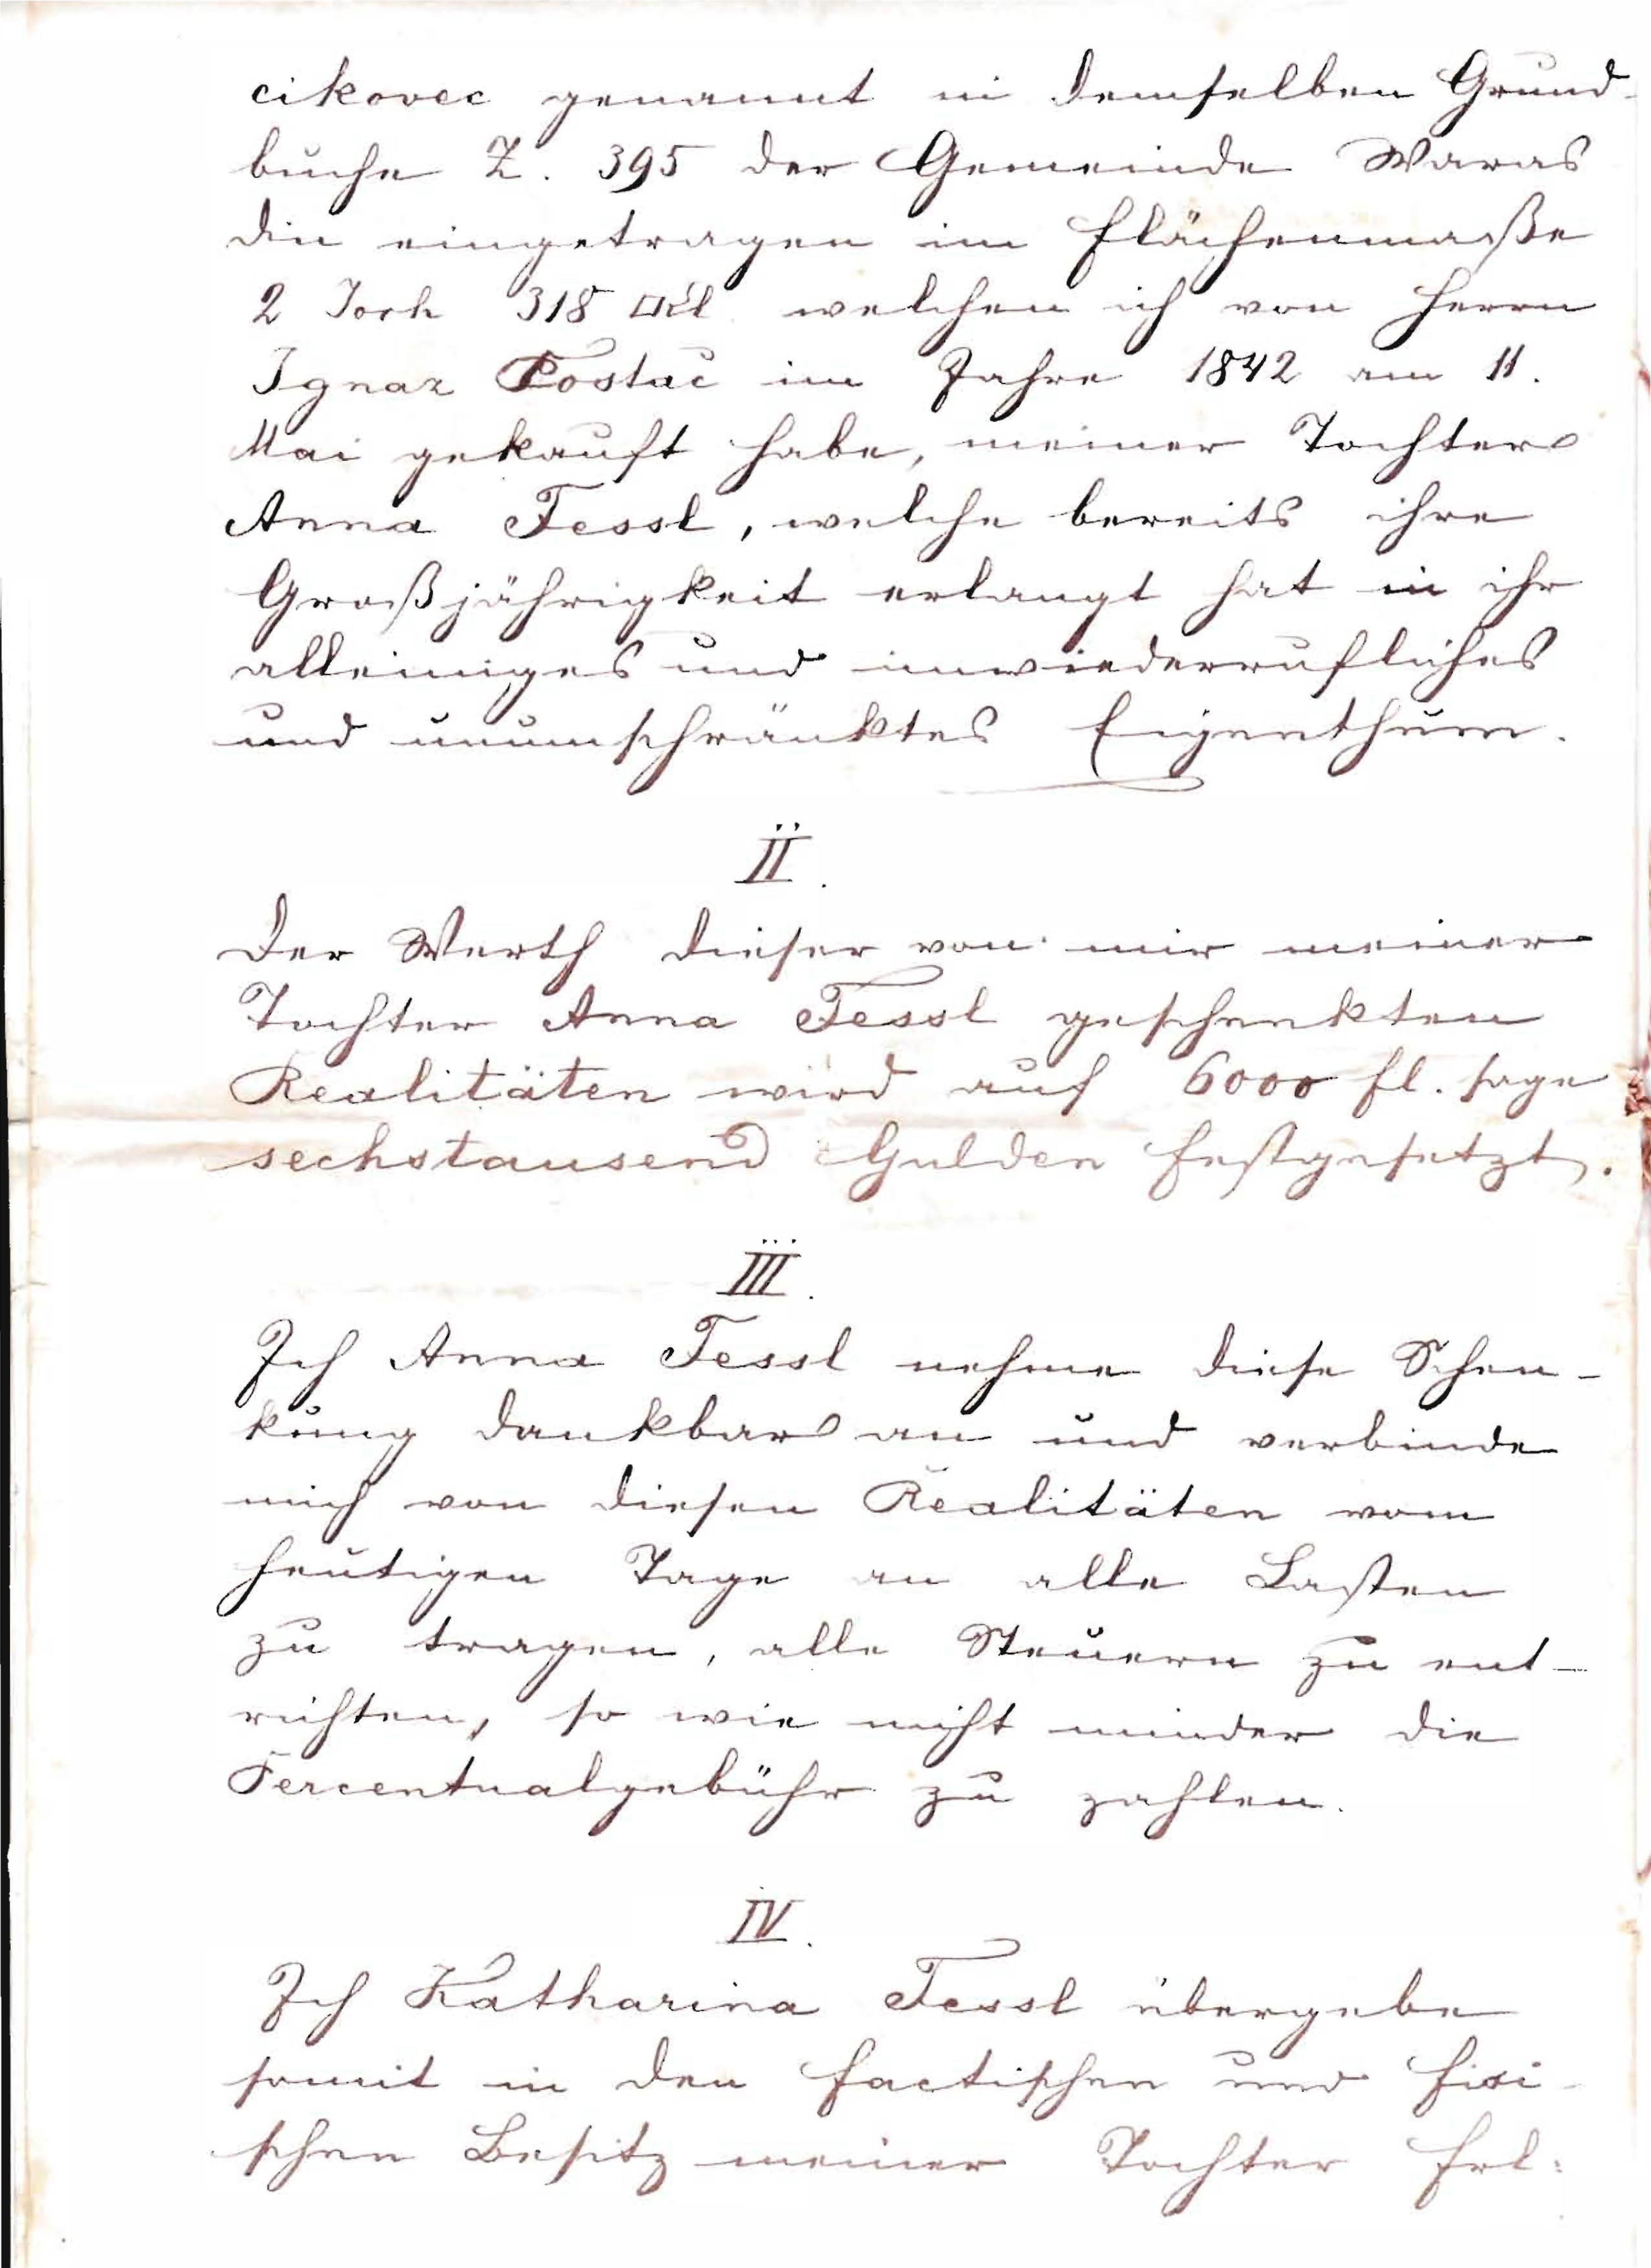
cikovec genannt in demselben Grund¬
buche Z. 395 der Gemeinde Waras¬
din eingetragen im Flächenmaße
2 Joch 318 #Kl. welchen ich von Herrn
Ignaz Kostac im Jahre 1842 am 11.
Mai gekauft habe, meiner Tochter
Anna Fessl, welche bereits ihre
Großjährigkeit erlangt hat in ihr
alleiniges und unwiederrufliches
und unumschränktes Eingenthum.
II.
Der Werth dieser von mir meiner
Tochter Anna Fessl geschenkten
Realität wird auf 6000 fl. sage
sechstausend Gulden festgesetzt.
III.
Ich Anna Fessl nehme diese Schen¬
kung dankbar an und verbinde
mich von diesen Realitäten vom
heutigen Tage an alle Lasten
zu tragen, alle Steuern zu ent¬
richten, so wie nicht minder die
Percentualgebühr zu zahlen.
IV.
Ich Katharina Fessl übergebe
somit in den factischen und fisi¬
schen Besitz meiner Tochter Frl.